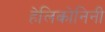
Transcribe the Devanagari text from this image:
हेलिकोनिनी